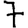
Digit: 7